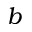
b